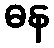
ဓန